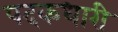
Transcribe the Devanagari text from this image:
पदकधारी